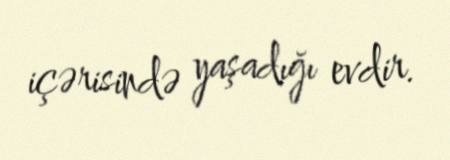
içərisində yaşadığı evdir.